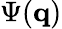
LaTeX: \Psi(\mathbf{q})